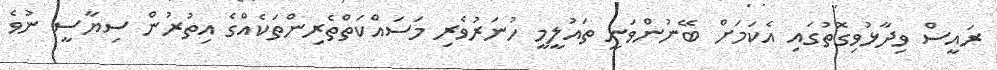
ރައީސް ވިދާޅުވިގޮތުގައި އެކަމަށް ބޭނުންވަނީ ތައުލީމީ ހުނަރުވެރި މަސައްކަތްތެރިންތަކެއްގެ އިތުރުން ސިޔާސީ ނުވެ